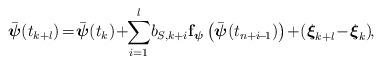
LaTeX: \begin{align*} \bar{\boldsymbol{\psi}}(t_{k+l}) \!=\! \bar{\boldsymbol{\psi}}(t_k) \!+\!\! \sum_{i=1}^{l} \!b_{S,k+i} \mathbf{f}_{ \boldsymbol{\psi}}\left(\bar{\boldsymbol{\psi}}(t_{n+i\!-\!1})\right)\!+\! (\boldsymbol{\xi}_{k+l} \!-\! \boldsymbol{\xi}_{k})\!,\!\end{align*}